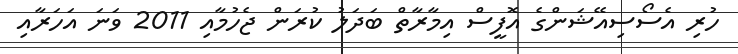
ހުރި އެސޯސިއޭޝަންގެ އޮފީސް އިމާރާތް ބަދަލު ކުރަން ޖެހުމާއި 2011 ވަނަ އަހަރާއި